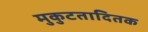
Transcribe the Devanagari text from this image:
मुकुटतादितक